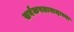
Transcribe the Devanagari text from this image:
सर्वंकषतावादाच्या